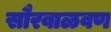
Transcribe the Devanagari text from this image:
सौरवाळवण